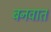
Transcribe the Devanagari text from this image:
बनवात